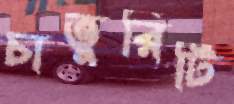
চাতুরিটি